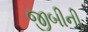
જીબીની